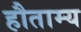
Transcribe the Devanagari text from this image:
हौताम्य